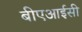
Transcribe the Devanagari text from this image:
बीएआईसी